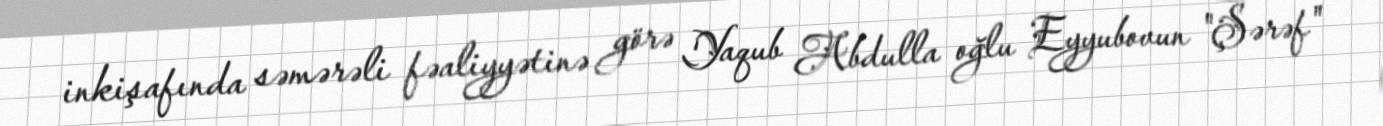
inkişafında səmərəli fəaliyyətinə görə Yaqub Abdulla oğlu Eyyubovun "Şərəf"